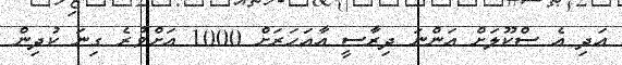
އަދި އެ ސްކޫލަށް އަންނަ ދިރާސީ އާއަހަރަށް 1000 އަށްވުރެ ގިނަ ކުދިން